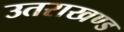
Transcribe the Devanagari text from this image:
उतराखण्ड